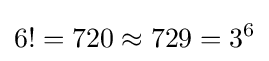
6!=720\approx 729=3^{6}